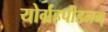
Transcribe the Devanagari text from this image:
योर्ग्रहपीडनम्